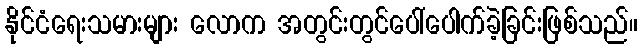
နိုင်ငံရေးသမားများ လောက အတွင်းတွင်ပေါ်ပေါက်ခဲ့ခြင်းဖြစ်သည်။